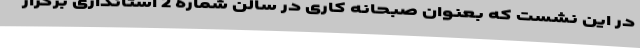
در این نشست که بعنوان صبحانه کاری در سالن شماره 2 استانداری برگزار